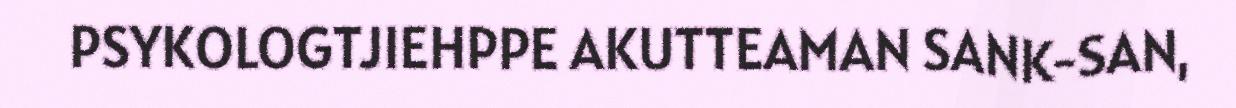
PSYKOLOGTJIEHPPE AKUTTEAMAN SANK-SAN,